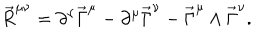
LaTeX: \vec { R } ^ { \mu \nu } = \partial ^ { \nu } \vec { \Gamma } ^ { \mu } - \partial ^ { \mu } \vec { \Gamma } ^ { \nu } - \vec { \Gamma } ^ { \mu } \wedge \vec { \Gamma } ^ { \nu } .